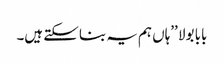
بابا بولا ’’ہاں ہم یہ بنا سکتے ہیں۔